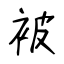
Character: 被